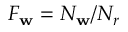
F _ { \mathbf { w } } = N _ { \mathbf { w } } / N _ { r }